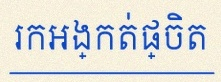
រកអង្កត់ផ្ចិត